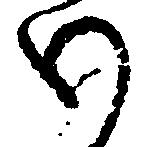
わ